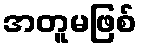
အတူမဖြစ်